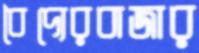
বৈদ্যেরবাজার